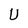
Character: U